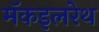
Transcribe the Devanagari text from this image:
मॅकइलरेथ